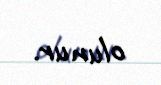
olunur.